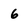
Character: 6